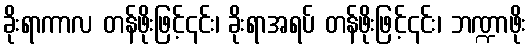
ခိုးရာကာလ တန်ဖိုးဖြင့်၎င်း၊ ခိုးရာအရပ် တန်ဖိုးဖြင့်၎င်း၊ ဘဏ္ဍာဖိုး